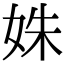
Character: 姝